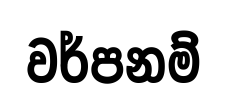
වර්පනම්